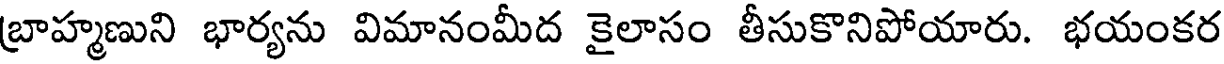
బ్రాహ్మణుని భార్యను విమానంమీద కైలాసం తీసుకొనిపోయారు. భయంకర